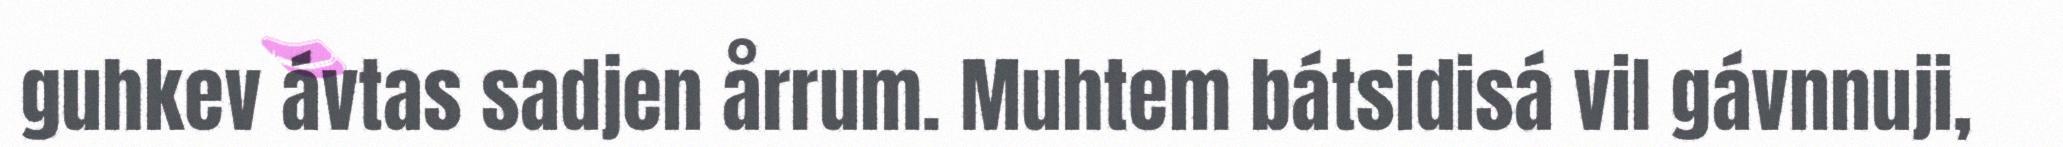
guhkev ávtas sadjen årrum. Muhtem bátsidisá vil gávnnuji,